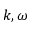
k , \omega